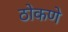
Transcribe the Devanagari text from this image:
ठोकणे